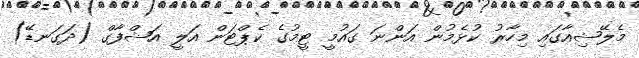
މެލޭޝިއާގައި މިހާރު ކުޅެމުން އަންނަ ގައުމީ ޓީމުގެ ކެޕްޓަން އަލީ އަޝްފާގް (ދަގަނޑޭ)